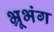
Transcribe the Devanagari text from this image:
भ्रूभंग